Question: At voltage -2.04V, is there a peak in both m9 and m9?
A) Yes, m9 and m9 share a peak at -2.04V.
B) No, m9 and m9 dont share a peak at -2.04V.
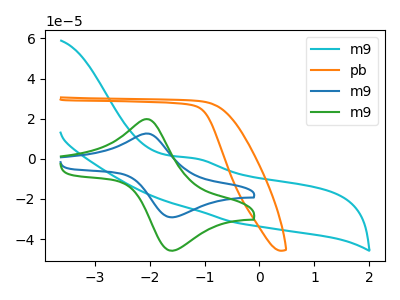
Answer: <think>The cyan curve "m9" has an anodic peak at: (-1.20V, 0.25uA). The orange curve "pb" has no peaks. The blue curve "m9" has an anodic peak at (-2.05V, 12.60uA) and a cathodic peak at (-1.55V, -29.15uA). The green curve "m9" has an anodic peak at (-2.05V, 19.75uA) and a cathodic peak at (-1.55V, -45.75uA).</think>
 <answer>A) Yes, "m9" and "m9" share a peak at -2.04V.</answer>
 <eval>A</eval>